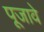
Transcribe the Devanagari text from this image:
पूजावे